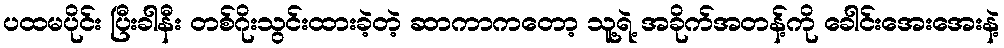
ပထမပိုင်း ပြီးခါနီး တစ်ဂိုးသွင်းထားခဲ့တဲ့ ဆာကာကတော့ သူ့ရဲ့ အခိုက်အတန့်ကို ခေါင်းအေးအေးနဲ့